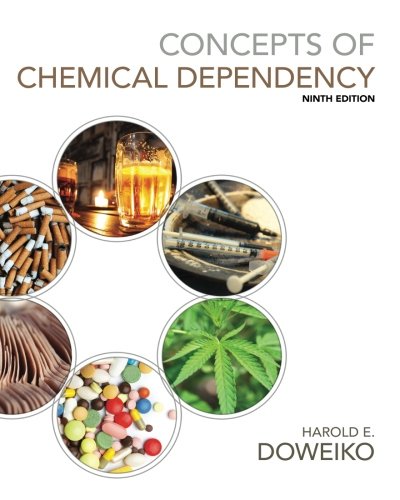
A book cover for Concepts of Chemical Dependency (Book Only); Harold E. Doweiko; Education & Teaching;